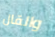
والقال